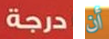
درجة أن